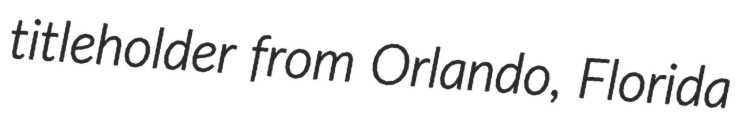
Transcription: titleholder from Orlando, Florida